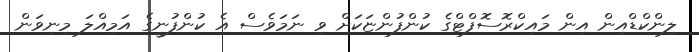
ލިންކްޑްއިން އިން މައިކްރޮސޮފްޓްގެ ކުންފުންޏަކަށް ވި ނަމަވެސް އެ ކުންފުނީގެ އަމިއްލަ މިނިވަން